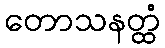
တောသနတ္ထံ